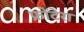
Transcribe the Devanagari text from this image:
फ्रोंटेरा